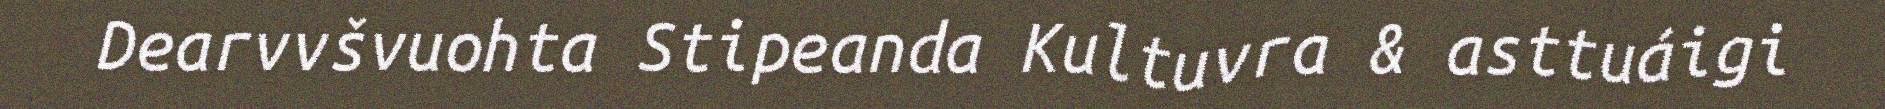
Dearvvšvuohta Stipeanda Kultuvra & asttuáigi